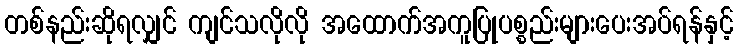
တစ်နည်းဆိုရလျှင် ကျင်သလိုလို အထောက်အကူပြုပစ္စည်းများပေးအပ်ရန်နှင့်